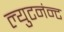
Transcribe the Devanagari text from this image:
ल्युटनंन्ट